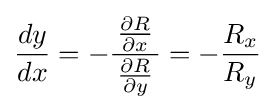
{\frac {dy}{dx}}=-{\frac {\,{\frac {\partial R}{\partial x}}\,}{\frac {\partial R}{\partial y}}}=-{\frac {R_{x}}{R_{y}}}